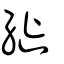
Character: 縰